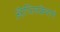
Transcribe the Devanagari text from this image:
अॅप्लिकेशने